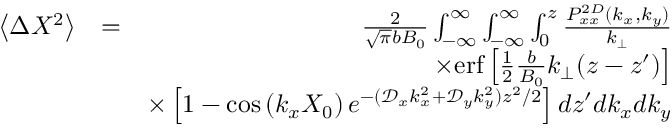
\begin{array} { r l r } { \left\langle \Delta X ^ { 2 } \right\rangle } & { = } & { \frac { 2 } { \sqrt { \pi } b B _ { 0 } } \int _ { - \infty } ^ { \infty } \int _ { - \infty } ^ { \infty } \int _ { 0 } ^ { z } \frac { P _ { x x } ^ { 2 D } ( k _ { x } , k _ { y } ) } { k _ { \perp } } } \\ & { } & { \times \mathrm { e r f } \left[ \frac { 1 } { 2 } \frac { b } { B _ { 0 } } k _ { \perp } ( z - z ^ { \prime } ) \right] } \\ & { } & { \times \left[ 1 - \cos \left( k _ { x } X _ { 0 } \right) e ^ { - ( \mathcal { D } _ { x } k _ { x } ^ { 2 } + \mathcal { D } _ { y } k _ { y } ^ { 2 } ) z ^ { 2 } / 2 } \right] d z ^ { \prime } d k _ { x } d k _ { y } } \end{array}